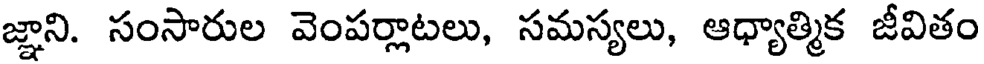
జ్ఞాని. సంసారుల వెంపర్లాటలు, సమస్యలు, ఆధ్యాత్మిక జీవితం